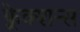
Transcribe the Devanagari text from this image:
फ़्रेक्शन्स